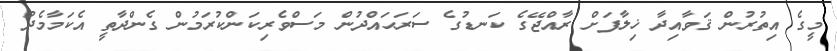
މީގެ އިތުރުން ޤަވާއިދާ ޚިލާފަށް ރާއްޖޭގެ ކަނޑުގެ ސަރަޙައްދުން މަސްވެރިކަންކުރަމުން ގެންދާތީ އެކަމާމެދު